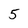
Character: 5